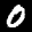
Label: 0